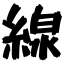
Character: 線